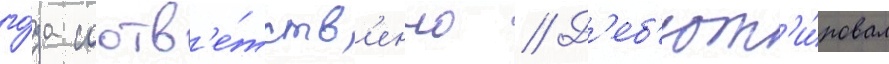
го́да соотв'е́тств'енно // Д'еб'ют'и́ровал